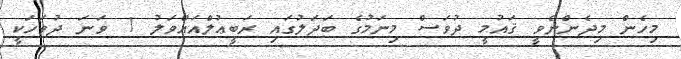
މިހެން މިދެންނެވީ ޤައުމީ ދުވަސް މިނަމުގެ ބަދަލުގައި ރަބީޢުލްއައްވަލު 1 ވަނަ ދުވަހަކީ